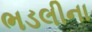
ભડલીના